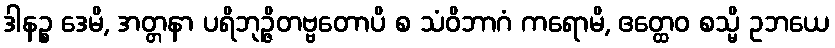
ဒါနဉ္စ ဒေမိ, အတ္တနာ ပရိဘုဉ္ဇိတဗ္ဗတောပိ စ သံဝိဘာဂံ ကရောမိ, ဧတ္ထေဝ စသ္မိ ဥဘယေ